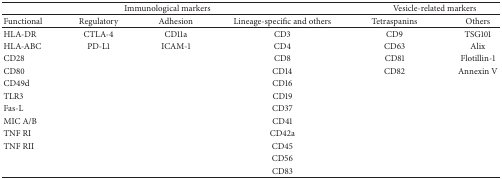
<table><thead><tr><td colspan="4"><b>Immunological markers</b></td><td colspan="2"><b>Vesicle-related markers</b></td></tr></thead><tbody><tr><td>Functional</td><td>Regulatory</td><td>Adhesion</td><td>Lineage-specific and others</td><td>Tetraspanins</td><td>Others</td></tr><tr><td>HLA-DR</td><td>CTLA-4</td><td>CD11a</td><td>CD3</td><td>CD9</td><td>TSG101</td></tr><tr><td>HLA-ABC</td><td>PD-L1</td><td>ICAM-1</td><td>CD4</td><td>CD63</td><td>Alix</td></tr><tr><td>CD28</td><td> </td><td> </td><td>CD8</td><td>CD81</td><td>Flotillin-1</td></tr><tr><td>CD80</td><td> </td><td> </td><td>CD14 </td><td>CD82</td><td>Annexin V</td></tr><tr><td>CD49d</td><td> </td><td> </td><td>CD16 </td><td> </td><td> </td></tr><tr><td>TLR3</td><td> </td><td> </td><td>CD19</td><td> </td><td> </td></tr><tr><td>Fas-L</td><td> </td><td> </td><td>CD37</td><td> </td><td> </td></tr><tr><td>MIC A/B </td><td> </td><td> </td><td>CD41</td><td> </td><td> </td></tr><tr><td>TNF RI </td><td> </td><td> </td><td>CD42a</td><td> </td><td> </td></tr><tr><td>TNF RII</td><td> </td><td> </td><td>CD45</td><td> </td><td> </td></tr><tr><td> </td><td> </td><td> </td><td>CD56</td><td> </td><td> </td></tr><tr><td> </td><td> </td><td> </td><td>CD83</td><td> </td><td> </td></tr></tbody></table>